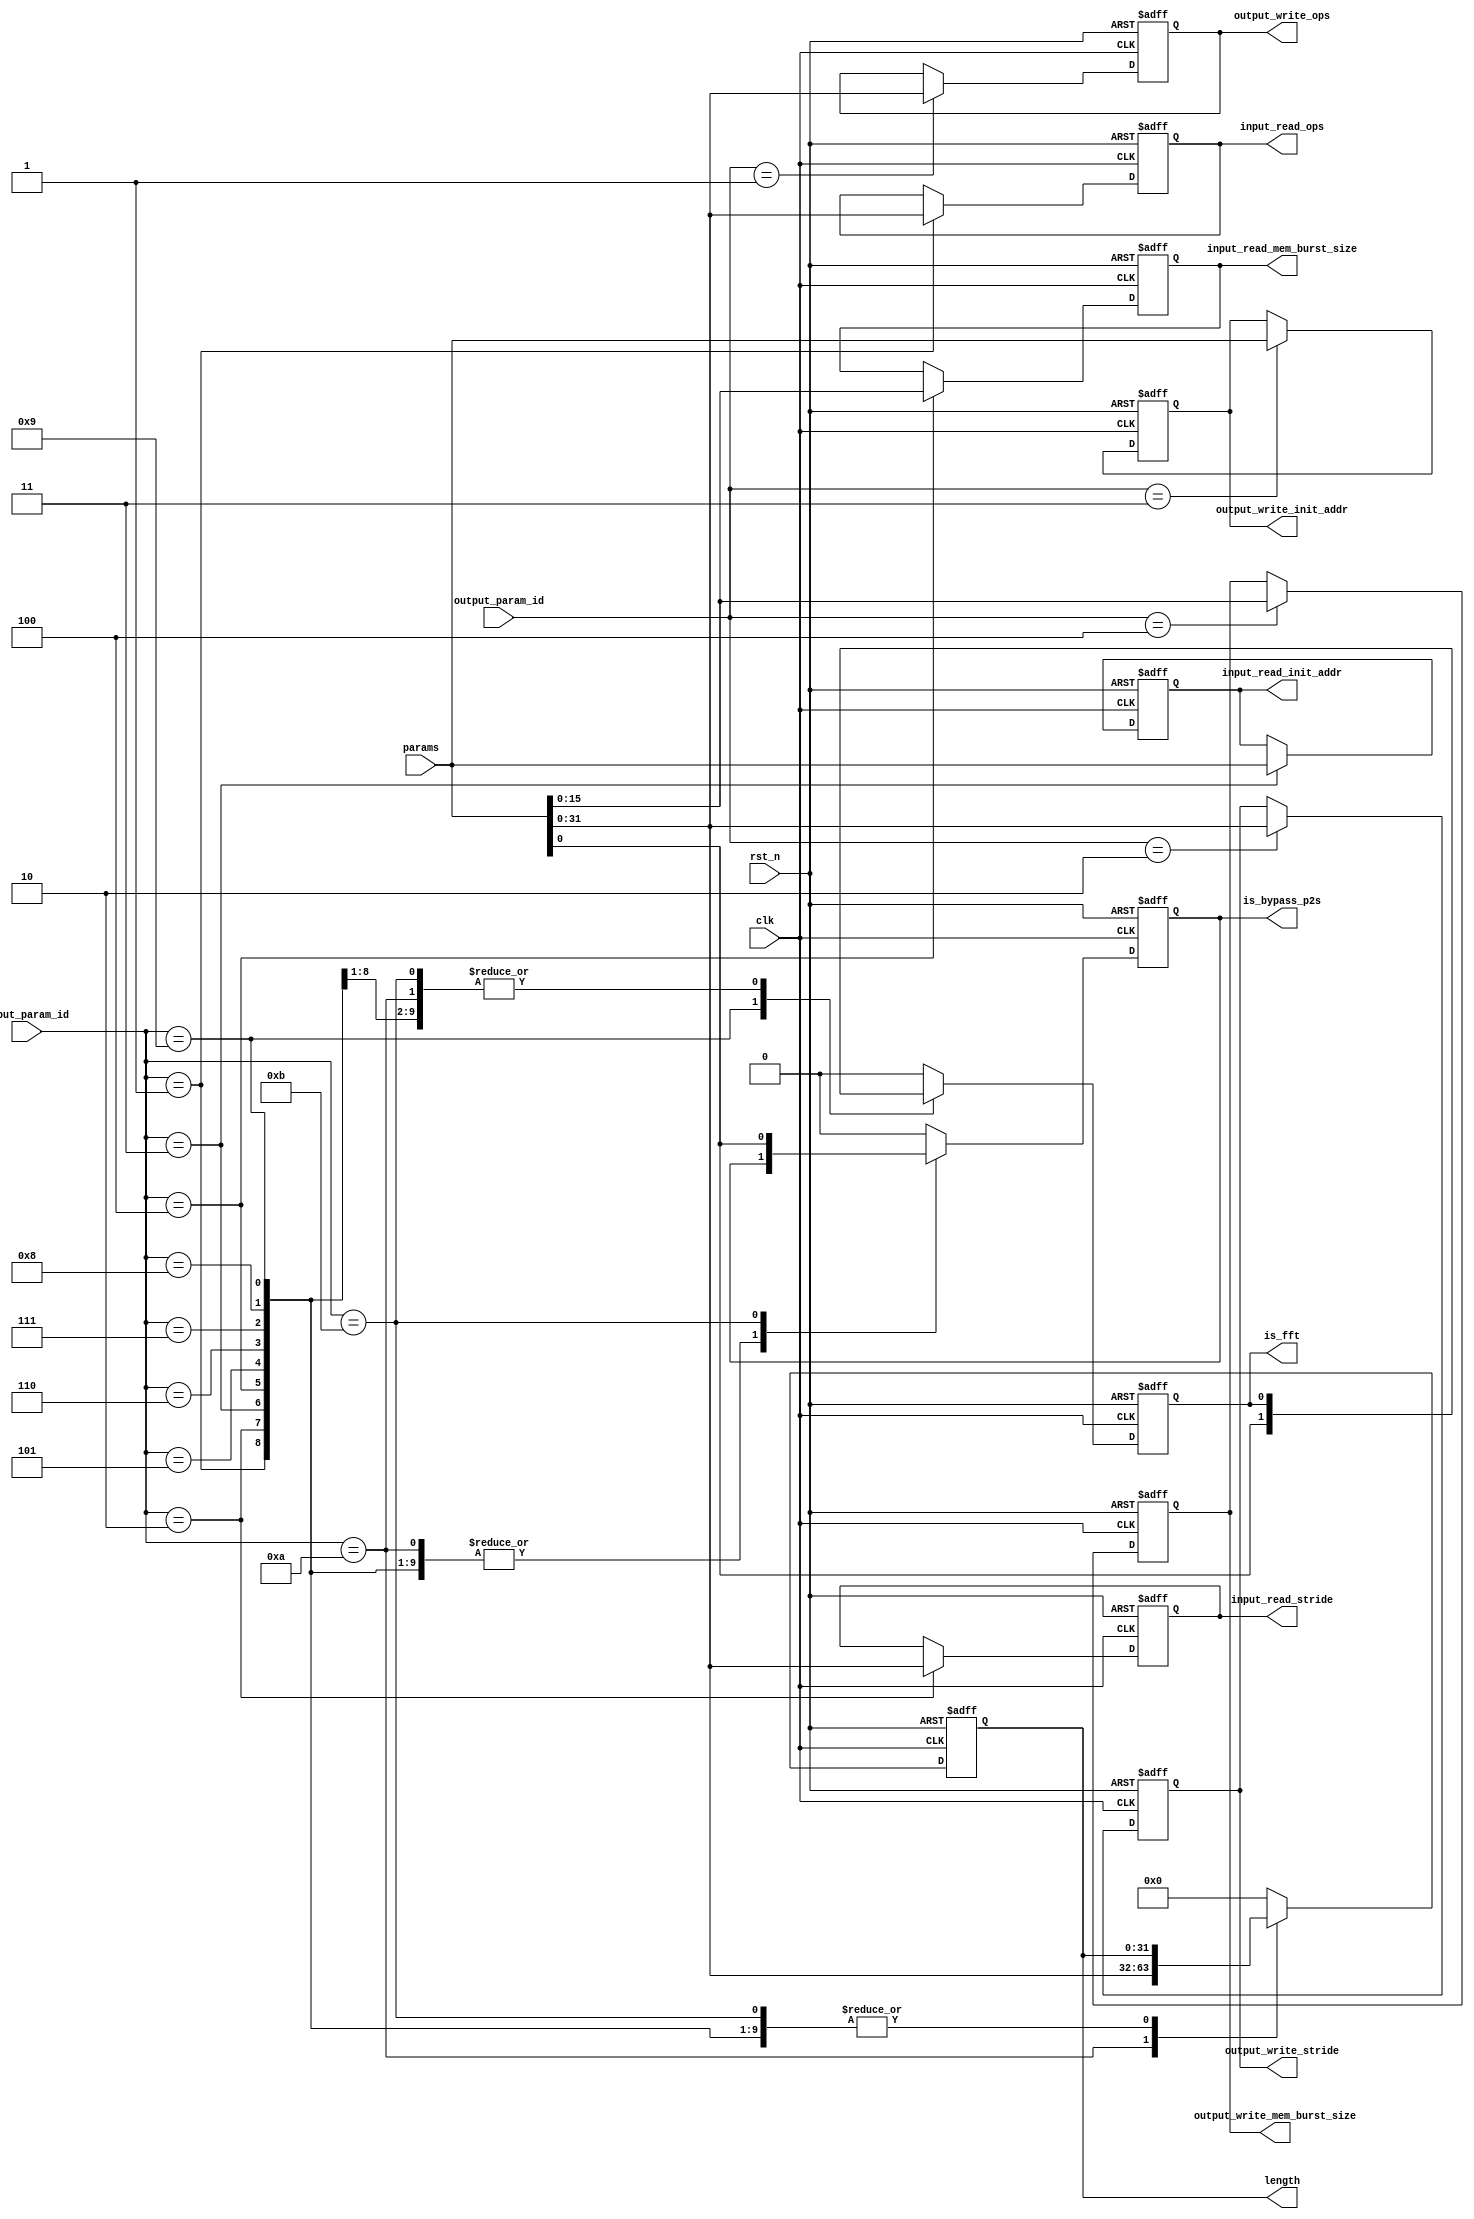
`timescale 1ns / 1ps
//////////////////////////////////////////////////////////////////////////////////
// Company: 
// Engineer: 
// 
// Design Name: 
// Module Name: ddr3_control
// Project Name: 
// Target Devices: 
// Tool Versions: 
// Description: 
// 
// Dependencies: 
// 
// Revision:
// Revision 0.01 - File Created
// Additional Comments:
// 
//////////////////////////////////////////////////////////////////////////////////


module ddr3_control
# (
  parameter ADDR_WIDTH   = 33
)
(
  //////////////////ddr clock/////////////////
  input wire                   clk,
  input  wire                   rst_n, 
  //////////////////paramters /////////////
  input  wire  [ADDR_WIDTH-1:0] params,
  input wire  [4-1:0]           input_param_id,
  input wire  [3-1:0]           output_param_id,

  //////////////////control and data for input/////////////
  //read
  output  wire  [32-1:0]         input_read_ops,
  output  wire  [32-1:0]         input_read_stride,
  output  wire  [ADDR_WIDTH-1:0] input_read_init_addr,
  output  wire  [16-1:0]         input_read_mem_burst_size,

  output wire                     is_fft,
  output wire    [32-1:0]         length,
  output wire                     is_bypass_p2s,



  //////////////////control and data for output/////////////
  //raed is not used for output buffer
  //write
  output wire   [32-1:0]         output_write_ops,
  output wire   [32-1:0]         output_write_stride,
  output wire   [ADDR_WIDTH-1:0] output_write_init_addr,
  output wire   [16-1:0]         output_write_mem_burst_size
);

//////////////////control and data for input/////////////
//read
reg  [32-1:0]         input_read_ops_r;
reg  [32-1:0]         input_read_stride_r;
reg  [ADDR_WIDTH-1:0] input_read_init_addr_r;
reg  [16-1:0]         input_read_mem_burst_size_r;
//write
reg   [32-1:0]         input_write_ops_r;
reg   [32-1:0]         input_write_stride_r;
reg   [ADDR_WIDTH-1:0] input_write_init_addr_r;
reg   [16-1:0]         input_write_mem_burst_size_r;


//////////////////control and data for output/////////////
//raed is not used for output buffer
//write
reg   [32-1:0]         output_write_ops_r;
reg   [32-1:0]         output_write_stride_r;
reg   [ADDR_WIDTH-1:0] output_write_init_addr_r;
reg   [16-1:0]         output_write_mem_burst_size_r;
reg                    is_fft_r;
reg   [32-1:0]         length_r;
reg                    is_bypass_p2s_r;

//////////////////FSM for input read/write signals/////////////
always @(posedge clk or negedge rst_n)
if(!rst_n) begin
    input_read_ops_r <= 0;
    input_read_stride_r <= 0;
    input_read_init_addr_r <= 0;
    input_read_mem_burst_size_r <= 0;
    input_write_ops_r <= 0;
    input_write_stride_r <= 0;
    input_write_init_addr_r <= 0;
    input_write_mem_burst_size_r <= 0;
    is_fft_r <= 0;
    length_r <= 0;
    is_bypass_p2s_r <= 0;
end
else begin
    case (input_param_id)
        4'b0001: begin
            input_read_ops_r <= params[32-1:0];
        end
        4'b0010: begin
            input_read_stride_r <= params[32-1:0];
        end
        4'b0011: begin
            input_read_init_addr_r <= params[ADDR_WIDTH-1:0];
        end
        4'b0100: begin
            input_read_mem_burst_size_r <= params[16-1:0];
        end
        4'b0101: begin
            input_write_ops_r <= params[32-1:0];
        end
        4'b0110: begin
            input_write_stride_r <= params[32-1:0];
        end
        4'b0111: begin
            input_write_init_addr_r <= params[ADDR_WIDTH-1:0];
        end
        4'b1000: begin
            input_write_mem_burst_size_r <= params[16-1:0];
        end
        4'b1001: begin
            is_fft_r <= params[0];
        end
        4'b1010: begin
            length_r <= params[32-1:0];
        end
        4'b1011: begin
            is_bypass_p2s_r <= params[0];
        end
        default begin
            input_read_ops_r <= input_read_ops_r;
            input_read_stride_r <= input_read_stride_r;
            input_read_init_addr_r <= input_read_init_addr_r ;
            input_read_mem_burst_size_r <= input_read_mem_burst_size_r;
            input_write_ops_r <= input_write_ops_r;
            input_write_stride_r <= input_write_stride_r;
            input_write_init_addr_r <= input_write_init_addr_r;
            input_write_mem_burst_size_r <= input_write_mem_burst_size_r;
            is_fft_r <= 0;
            length_r <= 0;
            is_bypass_p2s_r <= 0;
        end
    endcase
end

assign input_read_ops = input_read_ops_r;
assign input_read_stride = input_read_stride_r;
assign input_read_init_addr = input_read_init_addr_r;
assign input_read_mem_burst_size = input_read_mem_burst_size_r;
assign input_write_ops = input_write_ops_r;
assign input_write_stride = input_write_stride_r;
assign input_write_init_addr = input_write_init_addr_r;
assign input_write_mem_burst_size = input_write_mem_burst_size_r;
assign is_fft = is_fft_r;
assign length = length_r;
assign is_bypass_p2s = is_bypass_p2s_r;

//////////////////FSM for output read/write signals/////////////
always @(posedge clk or negedge rst_n)
if(!rst_n) begin
    output_write_ops_r <= 0;
    output_write_stride_r <= 0;
    output_write_init_addr_r <= 0;
    output_write_mem_burst_size_r <= 0;
end
else begin
    case (output_param_id)
        3'b001: begin
            output_write_ops_r <= params[32-1:0];
        end
        3'b010: begin
            output_write_stride_r <= params[32-1:0];
        end
        3'b011: begin
            output_write_init_addr_r <= params[ADDR_WIDTH-1:0];
        end
        3'b100: begin
            output_write_mem_burst_size_r <= params[16-1:0];
        end
        default begin
            output_write_ops_r <= output_write_ops_r;
            output_write_stride_r <= output_write_stride_r;
            output_write_init_addr_r <= output_write_init_addr_r;
            output_write_mem_burst_size_r <= output_write_mem_burst_size_r;
        end
    endcase
end

assign output_write_ops = output_write_ops_r;
assign output_write_stride = output_write_stride_r;
assign output_write_init_addr = output_write_init_addr_r;
assign output_write_mem_burst_size = output_write_mem_burst_size_r;
endmodule